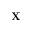
\mathbf { X }